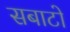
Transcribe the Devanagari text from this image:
सबाटो